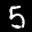
Label: 5